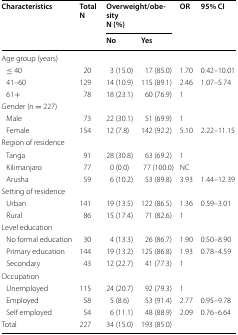
<table><thead><tr><td rowspan="2"><b>Characteristics</b></td><td rowspan="2"><b>TotalN</b></td><td colspan="2"><b>Overweight/obesityN (%)</b></td><td rowspan="2"><b>OR</b></td><td rowspan="2"><b>95% CI</b></td></tr><tr><td><b>No</b></td><td><b>Yes</b></td></tr></thead><tbody><tr><td colspan="6">Age group (years)</td></tr><tr><td> ≤ 40</td><td>20</td><td>3 (15.0)</td><td>17 (85.0)</td><td>1.70</td><td>0.42–10.01</td></tr><tr><td> 41–60</td><td>129</td><td>14 (10.9)</td><td>115 (89.1)</td><td>2.46</td><td>1.07–5.74</td></tr><tr><td> 61+</td><td>78</td><td>18 (23.1)</td><td>60 (76.9)</td><td>1</td><td></td></tr><tr><td colspan="6">Gender (n = 227)</td></tr><tr><td> Male</td><td>73</td><td>22 (30.1)</td><td>51 (69.9)</td><td>1</td><td></td></tr><tr><td> Female</td><td>154</td><td>12 (7.8)</td><td>142 (92.2)</td><td>5.10</td><td>2.22–11.15</td></tr><tr><td colspan="6">Region of residence</td></tr><tr><td> Tanga</td><td>91</td><td>28 (30.8)</td><td>63 (69.2)</td><td>1</td><td></td></tr><tr><td> Kilimanjaro</td><td>77</td><td>0 (0.0)</td><td>77 (100.0)</td><td>NC</td><td></td></tr><tr><td> Arusha</td><td>59</td><td>6 (10.2)</td><td>53 (89.8)</td><td>3.93</td><td>1.44–12.39</td></tr><tr><td colspan="6">Setting of residence</td></tr><tr><td> Urban</td><td>141</td><td>19 (13.5)</td><td>122 (86.5)</td><td>1.36</td><td>0.59–3.01</td></tr><tr><td> Rural</td><td>86</td><td>15 (17.4)</td><td>71 (82.6)</td><td>1</td><td></td></tr><tr><td colspan="6">Level education</td></tr><tr><td> No formal education</td><td>30</td><td>4 (13.3)</td><td>26 (86.7)</td><td>1.90</td><td>0.50–8.90</td></tr><tr><td> Primary education</td><td>144</td><td>19 (13.2)</td><td>125 (86.8)</td><td>1.93</td><td>0.78–4.59</td></tr><tr><td> Secondary</td><td>43</td><td>12 (22.7)</td><td>41 (77.3)</td><td>1</td><td></td></tr><tr><td colspan="6">Occupation</td></tr><tr><td> Unemployed</td><td>115</td><td>24 (20.7)</td><td>92 (79.3)</td><td>1</td><td></td></tr><tr><td> Employed</td><td>58</td><td>5 (8.6)</td><td>53 (91.4)</td><td>2.77</td><td>0.95–9.78</td></tr><tr><td> Self employed</td><td>54</td><td>6 (11.1)</td><td>48 (88.9)</td><td>2.09</td><td>0.76–6.64</td></tr><tr><td>Total</td><td>227</td><td>34 (15.0)</td><td>193 (85.0)</td><td></td><td></td></tr></tbody></table>